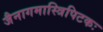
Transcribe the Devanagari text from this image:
जैनागमास्त्रिपिटकः